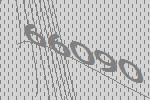
66090